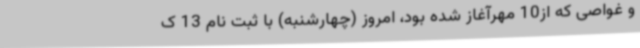
و غواصی که از10 مهرآغاز شده بود، امروز (چهارشنبه) با ثبت نام 13 ک